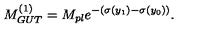
M _ { G U T } ^ { ( 1 ) } = M _ { p l } e ^ { - ( \sigma ( y _ { 1 } ) - \sigma ( y _ { 0 } ) ) } . \,